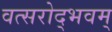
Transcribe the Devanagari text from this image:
वत्सरोद्भवम्